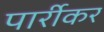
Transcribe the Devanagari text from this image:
पार्रीकर